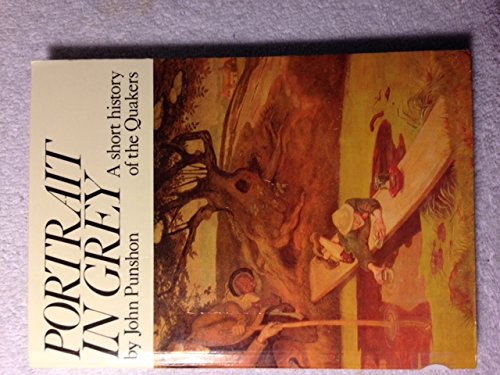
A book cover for Portrait in Grey: Short History of the Quakers; John Punshon; Christian Books & Bibles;